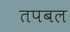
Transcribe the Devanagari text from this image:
तपबल